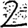
Digit: 2